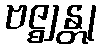
ဗဇ္ဈန္တု